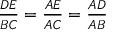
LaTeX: \textstyle { \frac { D E } { B C } } = { \frac { A E } { A C } } = { \frac { A D } { A B } }